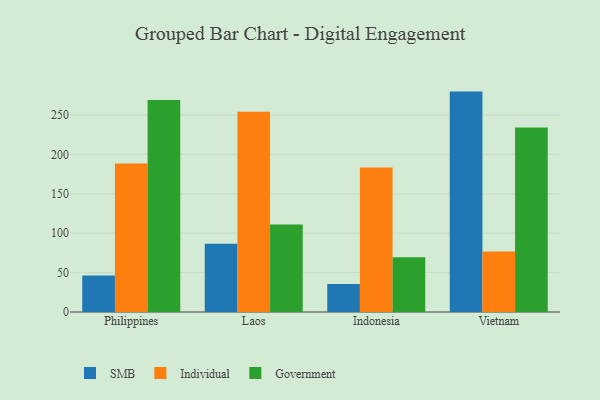
{"axis": {"x": "Country", "y": "Operating Costs (USD K)"}, "legend": ["Government", "Individual", "SMB"], "data": [{"x": "Philippines", "y": 46.4, "type": "SMB"}, {"x": "Philippines", "y": 188.4, "type": "Individual"}, {"x": "Philippines", "y": 268.9, "type": "Government"}, {"x": "Laos", "y": 86.7, "type": "SMB"}, {"x": "Laos", "y": 254.0, "type": "Individual"}, {"x": "Laos", "y": 111.1, "type": "Government"}, {"x": "Indonesia", "y": 35.6, "type": "SMB"}, {"x": "Indonesia", "y": 183.5, "type": "Individual"}, {"x": "Indonesia", "y": 69.4, "type": "Government"}, {"x": "Vietnam", "y": 279.7, "type": "SMB"}, {"x": "Vietnam", "y": 76.9, "type": "Individual"}, {"x": "Vietnam", "y": 234.1, "type": "Government"}]}